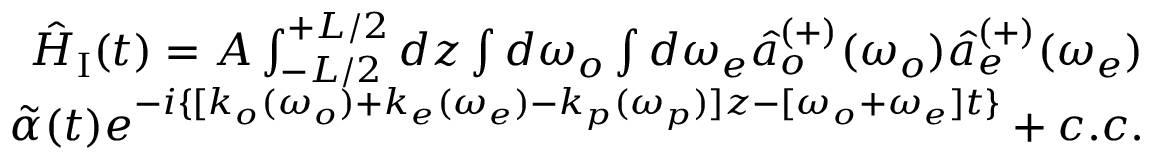
\begin{array} { r } { \hat { H } _ { \mathrm { I } } ( t ) = A \int _ { - L / 2 } ^ { + L / 2 } d z \int d \omega _ { o } \int d \omega _ { e } \hat { a } _ { o } ^ { ( + ) } ( \omega _ { o } ) \hat { a } _ { e } ^ { ( + ) } ( \omega _ { e } ) } \\ { \tilde { \alpha } ( t ) e ^ { - i \{ [ k _ { o } ( \omega _ { o } ) + k _ { e } ( \omega _ { e } ) - k _ { p } ( \omega _ { p } ) ] z - [ \omega _ { o } + \omega _ { e } ] t \} } + c . c . } \end{array}